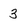
Character: 3